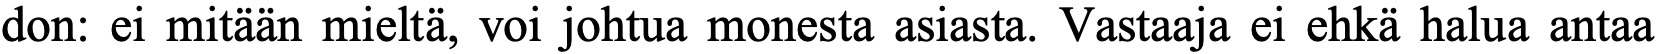
don: ei mitään mieltä, voi johtua monesta asiasta. Vastaaja ei ehkä halua antaa